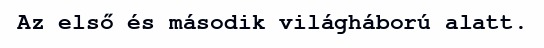
Az első és második világháború alatt.